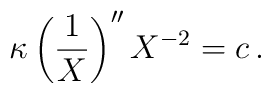
\kappa \left( \frac{1}{X} \right)'' X^{-2}=c\, .